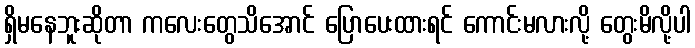
ရှိမနေဘူးဆိုတာ ကလေးတွေသိအောင် ပြောပေးထားရင် ကောင်းမလားလို့ တွေးမိလို့ပါ